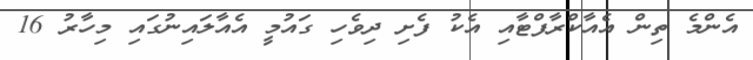
އެންމެ ތިން އެއާކްރާފްޓާއި އެކު ފެށި ދިވެހި ގައުމީ އެއާލައިނުގައި މިހާރު 16